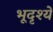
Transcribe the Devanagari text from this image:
भूदृश्ये